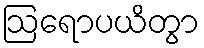
ဩရောပယိတွာ